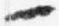
一